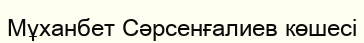
Мұханбет Сәрсенғалиев көшесі